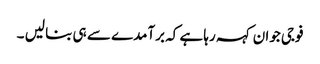
فوجی جوان کہہ رہا ہے کہ برآمدے سے ہی بنا لیں ۔